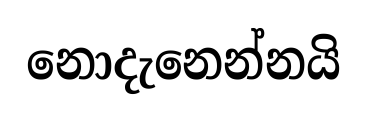
නොදැනෙන්නයි